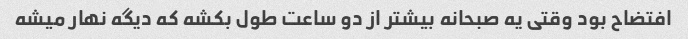
افتضاح بود وقتی یه صبحانه بیشتر از دو ساعت طول بکشه که دیگه نهار میشه